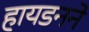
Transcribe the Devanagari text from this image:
हायडनने